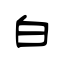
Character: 白